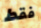
فقط